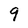
Character: 9